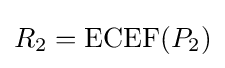
R_{2}=\mathrm {ECEF} (P_{2})